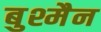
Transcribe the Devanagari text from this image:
बुश्मैन